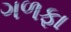
ગળફા